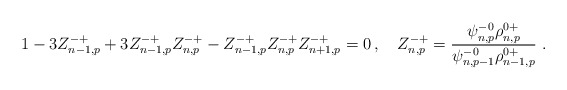
\begin{align*} 1-3Z^{-+}_{n-1,p}+3Z^{-+}_{n-1,p}Z^{-+}_{n,p}-Z^{-+}_{n-1,p}Z^{-+}_{n,p}Z^{-+}_{n+1,p}=0\,, \quad Z^{-+}_{n,p}=\frac{\psi^{-0}_{n,p} \rho^{0+}_{n,p}}{\psi^{-0}_{n,p-1} \rho^{0+}_{n-1,p}} \ .\end{align*}